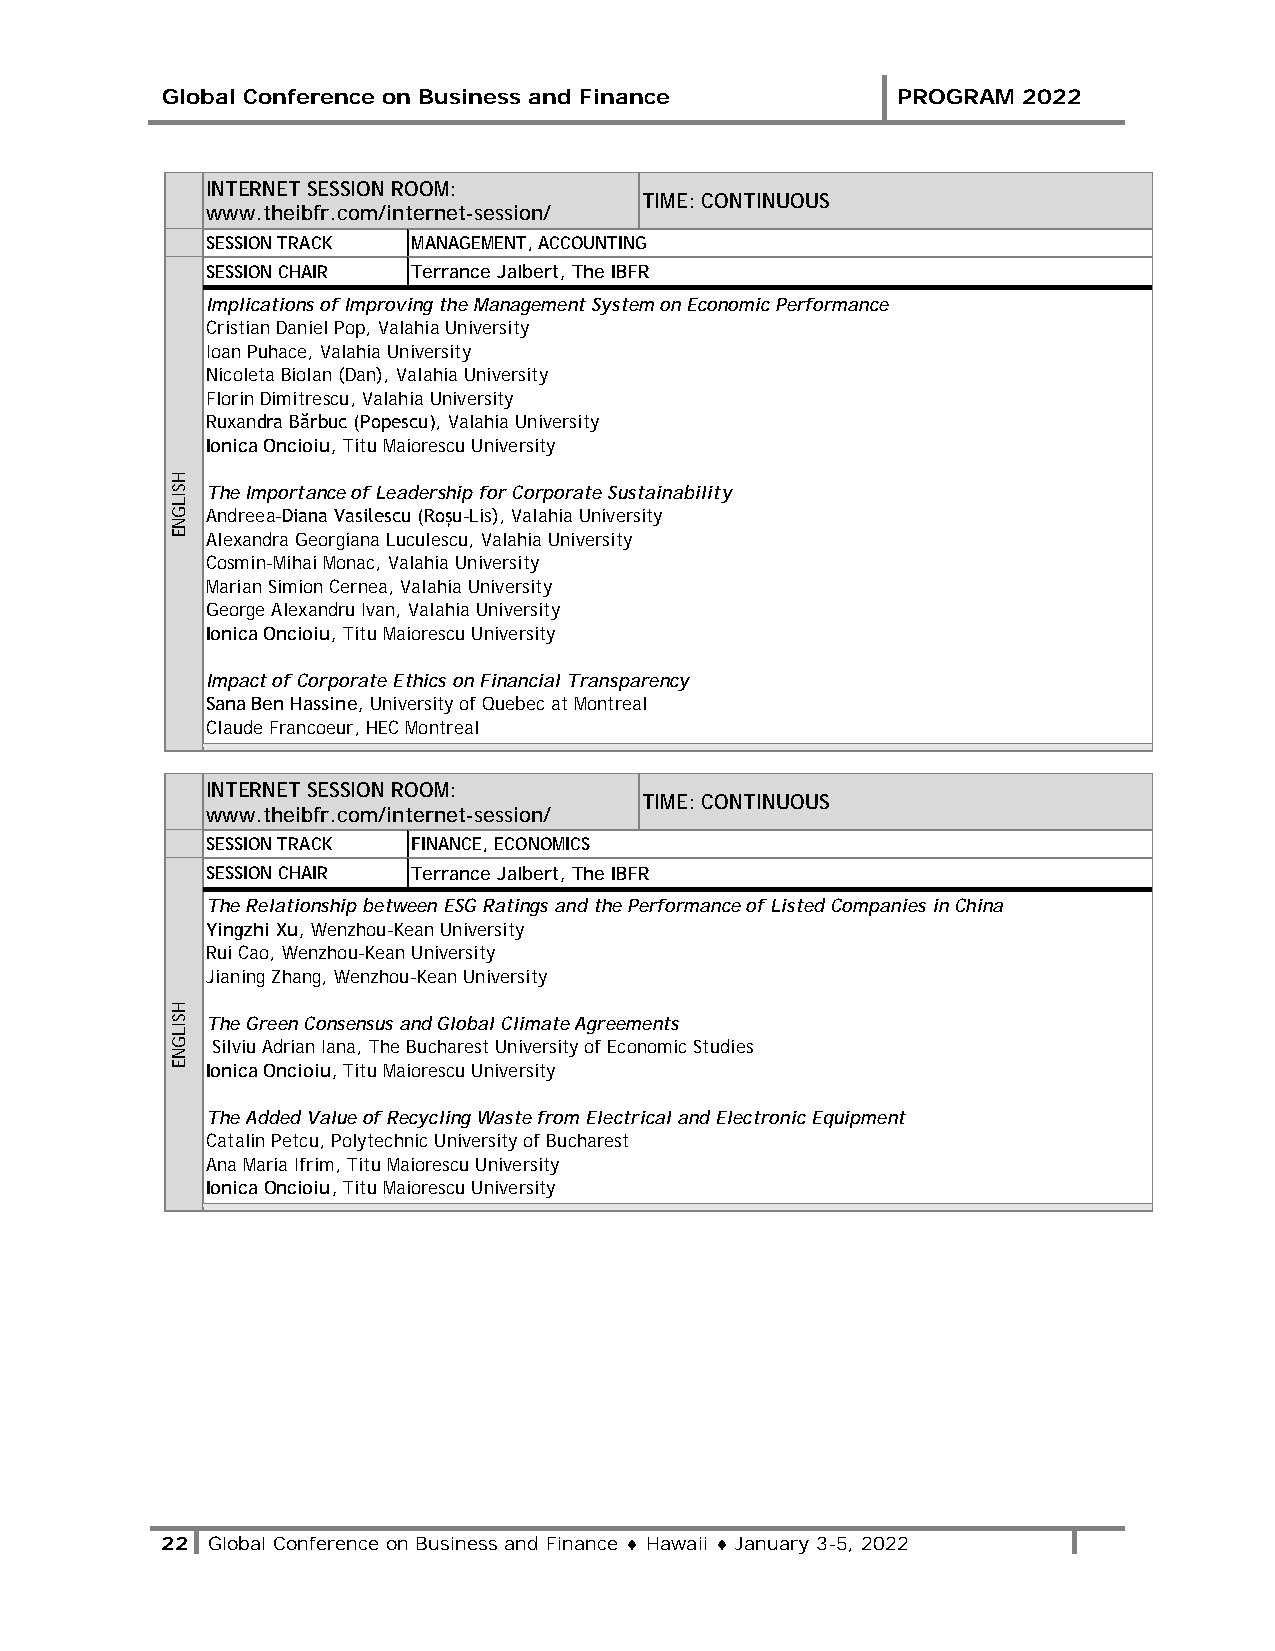
Global Conference on Business and Finance       PROGRAM  2022
 INTERNET SESSION ROOM:
 TIME: CONTINUOUS
 www.theibfr.com/internet-session/
 SESSION TRACK MANAGEMENT, ACCOUNTING
 SESSION CHAIR Terrance Jalbert, The IBFR
 Implications of Improving the Management System on Economic Performance
 Cristian Daniel Pop, Valahia University
 Ioan Puhace, Valahia University
 Nicoleta Biolan (Dan), Valahia University
 Florin Dimitrescu, Valahia University
 Ruxandra Bărbuc (Popescu), Valahia University
 Ionica Oncioiu, Titu Maiorescu University
 The Importance of Leadership for Corporate Sustainability
 Andreea-Diana Vasilescu (Roșu-Lis), Valahia University
 Alexandra Georgiana Luculescu, Valahia University
 Cosmin-Mihai Monac, Valahia University
 Marian Simion Cernea, Valahia University
 George Alexandru Ivan, Valahia University
 Ionica Oncioiu, Titu Maiorescu University
 Impact of Corporate Ethics on Financial Transparency
 Sana Ben Hassine, University of Quebec at Montreal
 Claude Francoeur, HEC Montreal
 INTERNET SESSION ROOM:
 TIME: CONTINUOUS
 www.theibfr.com/internet-session/
 SESSION TRACK FINANCE, ECONOMICS
 SESSION CHAIR Terrance Jalbert, The IBFR
 The Relationship between ESG Ratings and the Performance of Listed Companies in China
 Yingzhi Xu, Wenzhou-Kean University
 Rui Cao, Wenzhou-Kean University
 Jianing Zhang, Wenzhou-Kean University
 The Green Consensus and Global Climate Agreements
 Silviu Adrian Iana, The Bucharest University of Economic Studies
 Ionica Oncioiu, Titu Maiorescu University
 The Added Value of Recycling Waste from Electrical and Electronic Equipment
 Catalin Petcu, Polytechnic University of Bucharest
 Ana Maria Ifrim, Titu Maiorescu University
 Ionica Oncioiu, Titu Maiorescu University
 22 Global Conference on Business and Finance ♦ Hawaii ♦ January 3-5, 2022
 HSILGNE
 HSILGNE